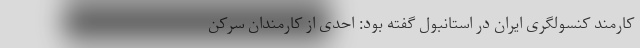
کارمند کنسولگری ایران در استانبول گفته بود: احدی از کارمندان سرکن